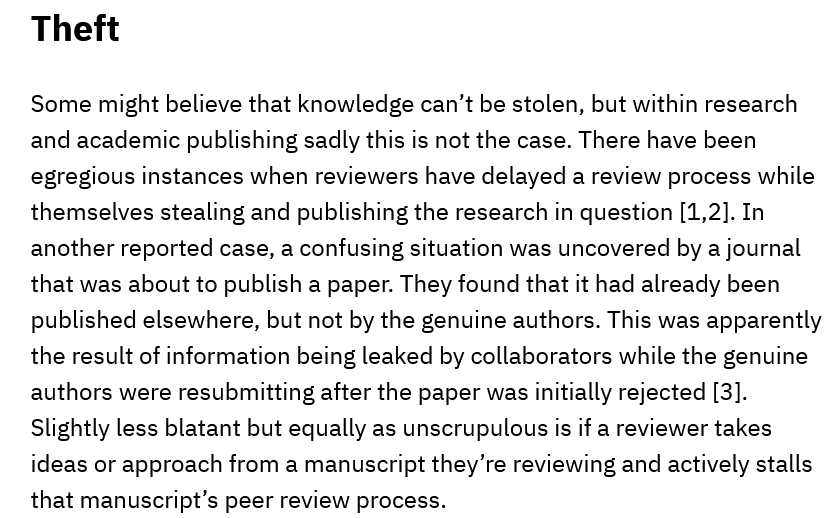
Theft
   Some  might believe that knowledge can’t be stolen, but within research
   and academic publishing sadly this is not the case. There have been
   egregious instances when reviewers have delayed a review process while
   themselves stealing and publishing the research in question [1,2]. In
   another reported case, a confusing situation was uncovered by a journal
   that was about to publish a paper. They found that it had already been
   published elsewhere, but not by the genuine authors. This was apparently
   the result of information being leaked by collaborators while the genuine
   authors were resubmitting after the paper was initially rejected [3].
   Slightly less blatant but equally as unscrupulous is if a reviewer takes
   ideas or approach from a manuscript they’re reviewing and actively stalls
   that manuscript’s peer review process.